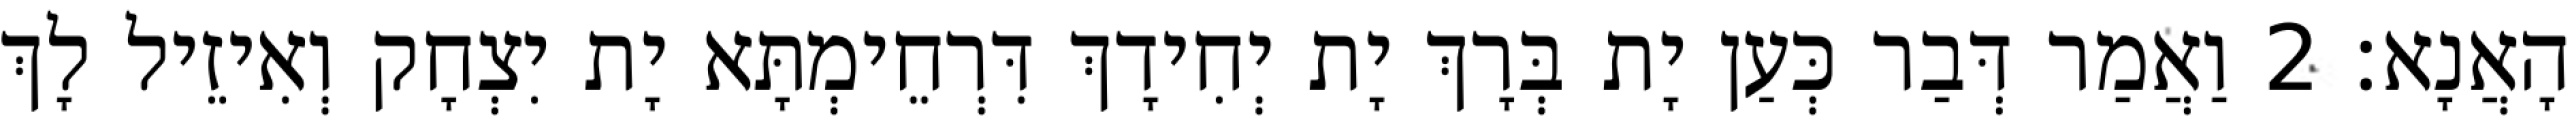
הָאֲנָא׃ 2 וַאֲמַר דְּבַר כְּעַן יָת בְּרָךְ יָת יְחִידָךְ דִּרְחֵימְתָּא יָת יִצְחָק וְאִיזֵיל לָךְ